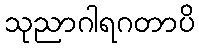
သုညာဂါရဂတာပိ